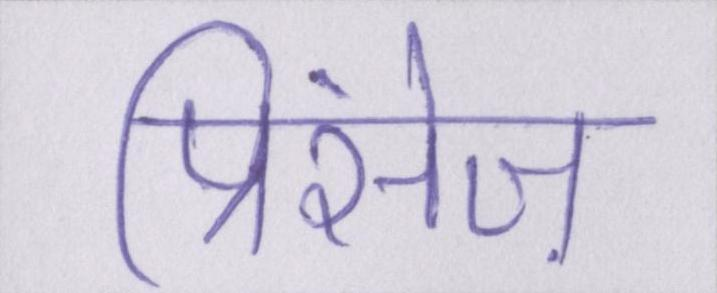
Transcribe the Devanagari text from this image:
प्रिंसेज़